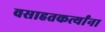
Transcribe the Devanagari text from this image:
वसाहतकर्त्यांना